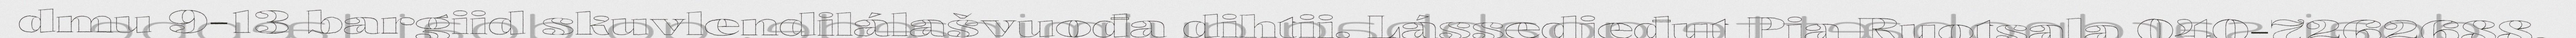
dmu 9-13 bargiid skuvlendilálašvuođa dihtii. Lássedieđut Pia Ruotsala 040-7262688.